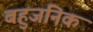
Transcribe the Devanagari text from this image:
बहुजनिक